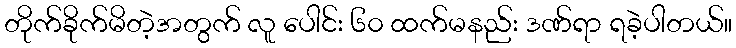
တိုက်ခိုက်မိတဲ့အတွက် လူ ပေါင်း ၆၀ ထက်မနည်း ဒဏ်ရာ ရခဲ့ပါတယ်။